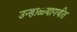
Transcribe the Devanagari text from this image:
उन्हाळ्यापर्यंत